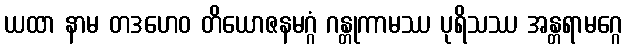
ယထာ နာမ တဒဟေဝ တိယောဇနမဂ္ဂံ ဂန္တုကာမဿ ပုရိသဿ အန္တရာမဂ္ဂေ